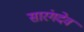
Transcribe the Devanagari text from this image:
सारंगदेव